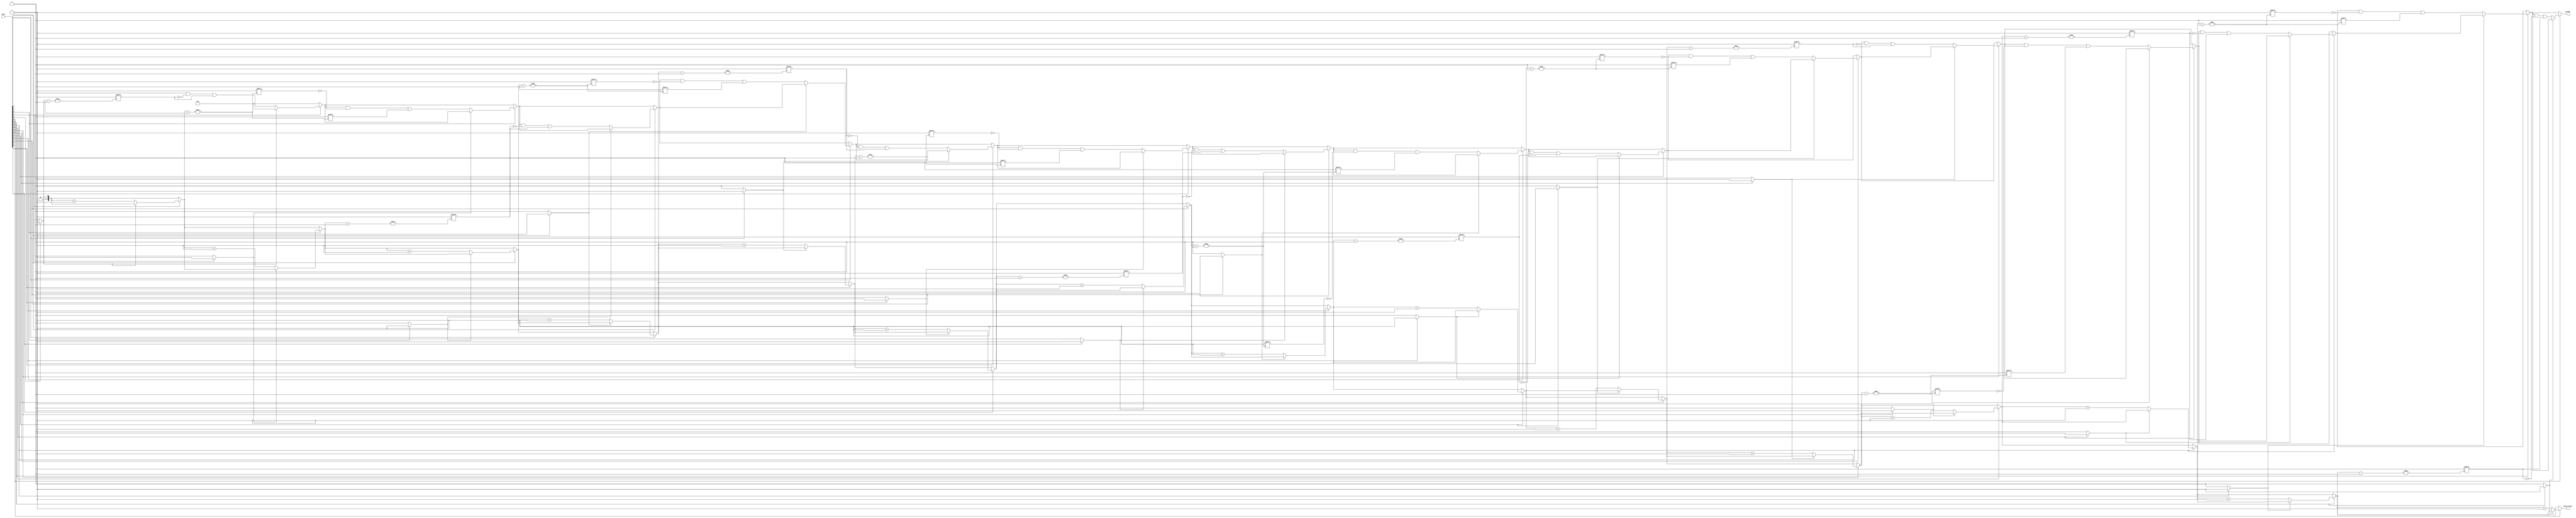
module group_ones #(parameter N = 16, parameter M = 8) (
    input  [N-1:0] data,
    output reg [M-1:0] groups,
    output reg [$clog2(M)-1:0] group_count
);

    integer i;
    reg in_group;
    
    always @(*) begin
        // Initialize outputs
        groups = 0;
        group_count = 0;
        in_group = 0;

        // Scan through the input data
        for (i = 0; i < N; i = i + 1) begin
            if (data[i] == 1'b1) begin
                if (!in_group) begin
                    // Start of a new group
                    in_group = 1;
                    groups[group_count] = i; // Store the starting index of the group
                    group_count = group_count + 1;
                end
            end else begin
                // End of a group
                in_group = 0;
            end
        end
    end

endmodule